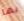
بها